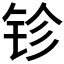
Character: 𨱅